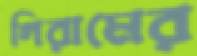
গিরামের